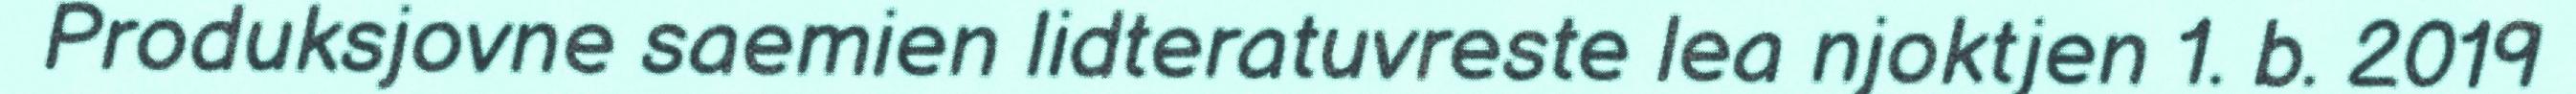
Produksjovne saemien lidteratuvreste lea njoktjen 1. b. 2019